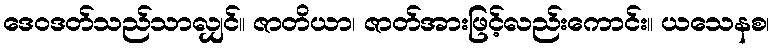
ဒေဝဒတ်သည်သာလျှင်။ ဇာတိယာ၊ ဇာတ်အားဖြင့်လည်းကောင်း။ ယသေနစ၊